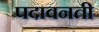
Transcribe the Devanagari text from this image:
पदावनती